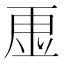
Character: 𮓠